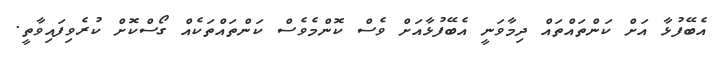
އެބޭފުޅާ އަށް ކަންތައްތައް ދިމާވަނީ އެބޭފުޅާއަށް ވެސް ކޮންމެވެސް ކަންތައްތަކެއް ގޯސްކޮށް ކުރެވިފައިވާތީ.